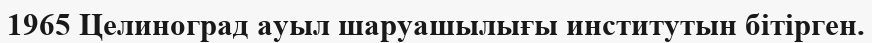
1965 Целиноград ауыл шаруашылығы институтын бітірген.